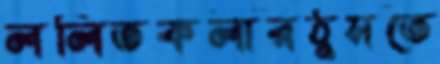
ললিতকলারঠুসতে